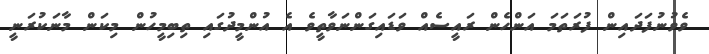
ވެވުނުފަދައިން ފުރަތަމަ އަންހެން ރައީސެއް ވަޑައިގަންނަވާތީވެ އެ އުންމީދުގައި ތިބިމީހުން މިކަން މާނަކުރަނީ